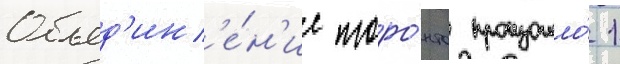
Объед'ин'е́н'ие торо́нто произошло́ 1